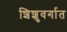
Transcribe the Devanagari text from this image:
शिशुवर्गात